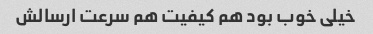
خیلی خوب بود هم کیفیت هم سرعت ارسالش